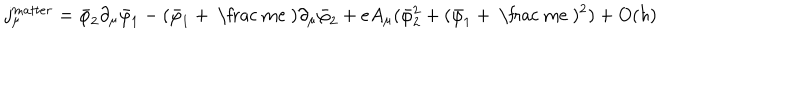
j _ { \mu } ^ { m a t t e r } = \bar { \varphi } _ { 2 } \partial _ { \mu } \bar { \varphi } _ { 1 } - ( \bar { \varphi } _ { 1 } + \mathrm { ~ \frac ~ m e ~ } ) \partial _ { \mu } \bar { \varphi } _ { 2 } + e A _ { \mu } ( \bar { \varphi } _ { 2 } ^ { 2 } + ( \bar { \varphi } _ { 1 } + \mathrm { ~ \frac ~ m e ~ } ) ^ { 2 } ) + O ( \hbar )